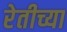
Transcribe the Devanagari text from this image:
रेतीच्या